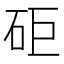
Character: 𥑭